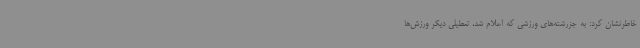
خاطرنشان کرد: به جزرشته‌های ورزشی که اعلام شد، تعطیلی دیگر ورزش‌ها